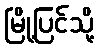
မြို့ပြင်သို့